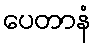
ပေတာနံ